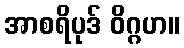
အာစရိပုဒ် ဝိဂ္ဂဟ။